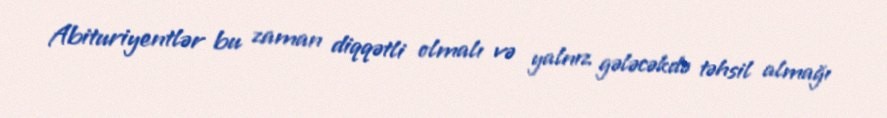
Abituriyentlər bu zaman diqqətli olmalı və yalnız gələcəkdə təhsil almağı